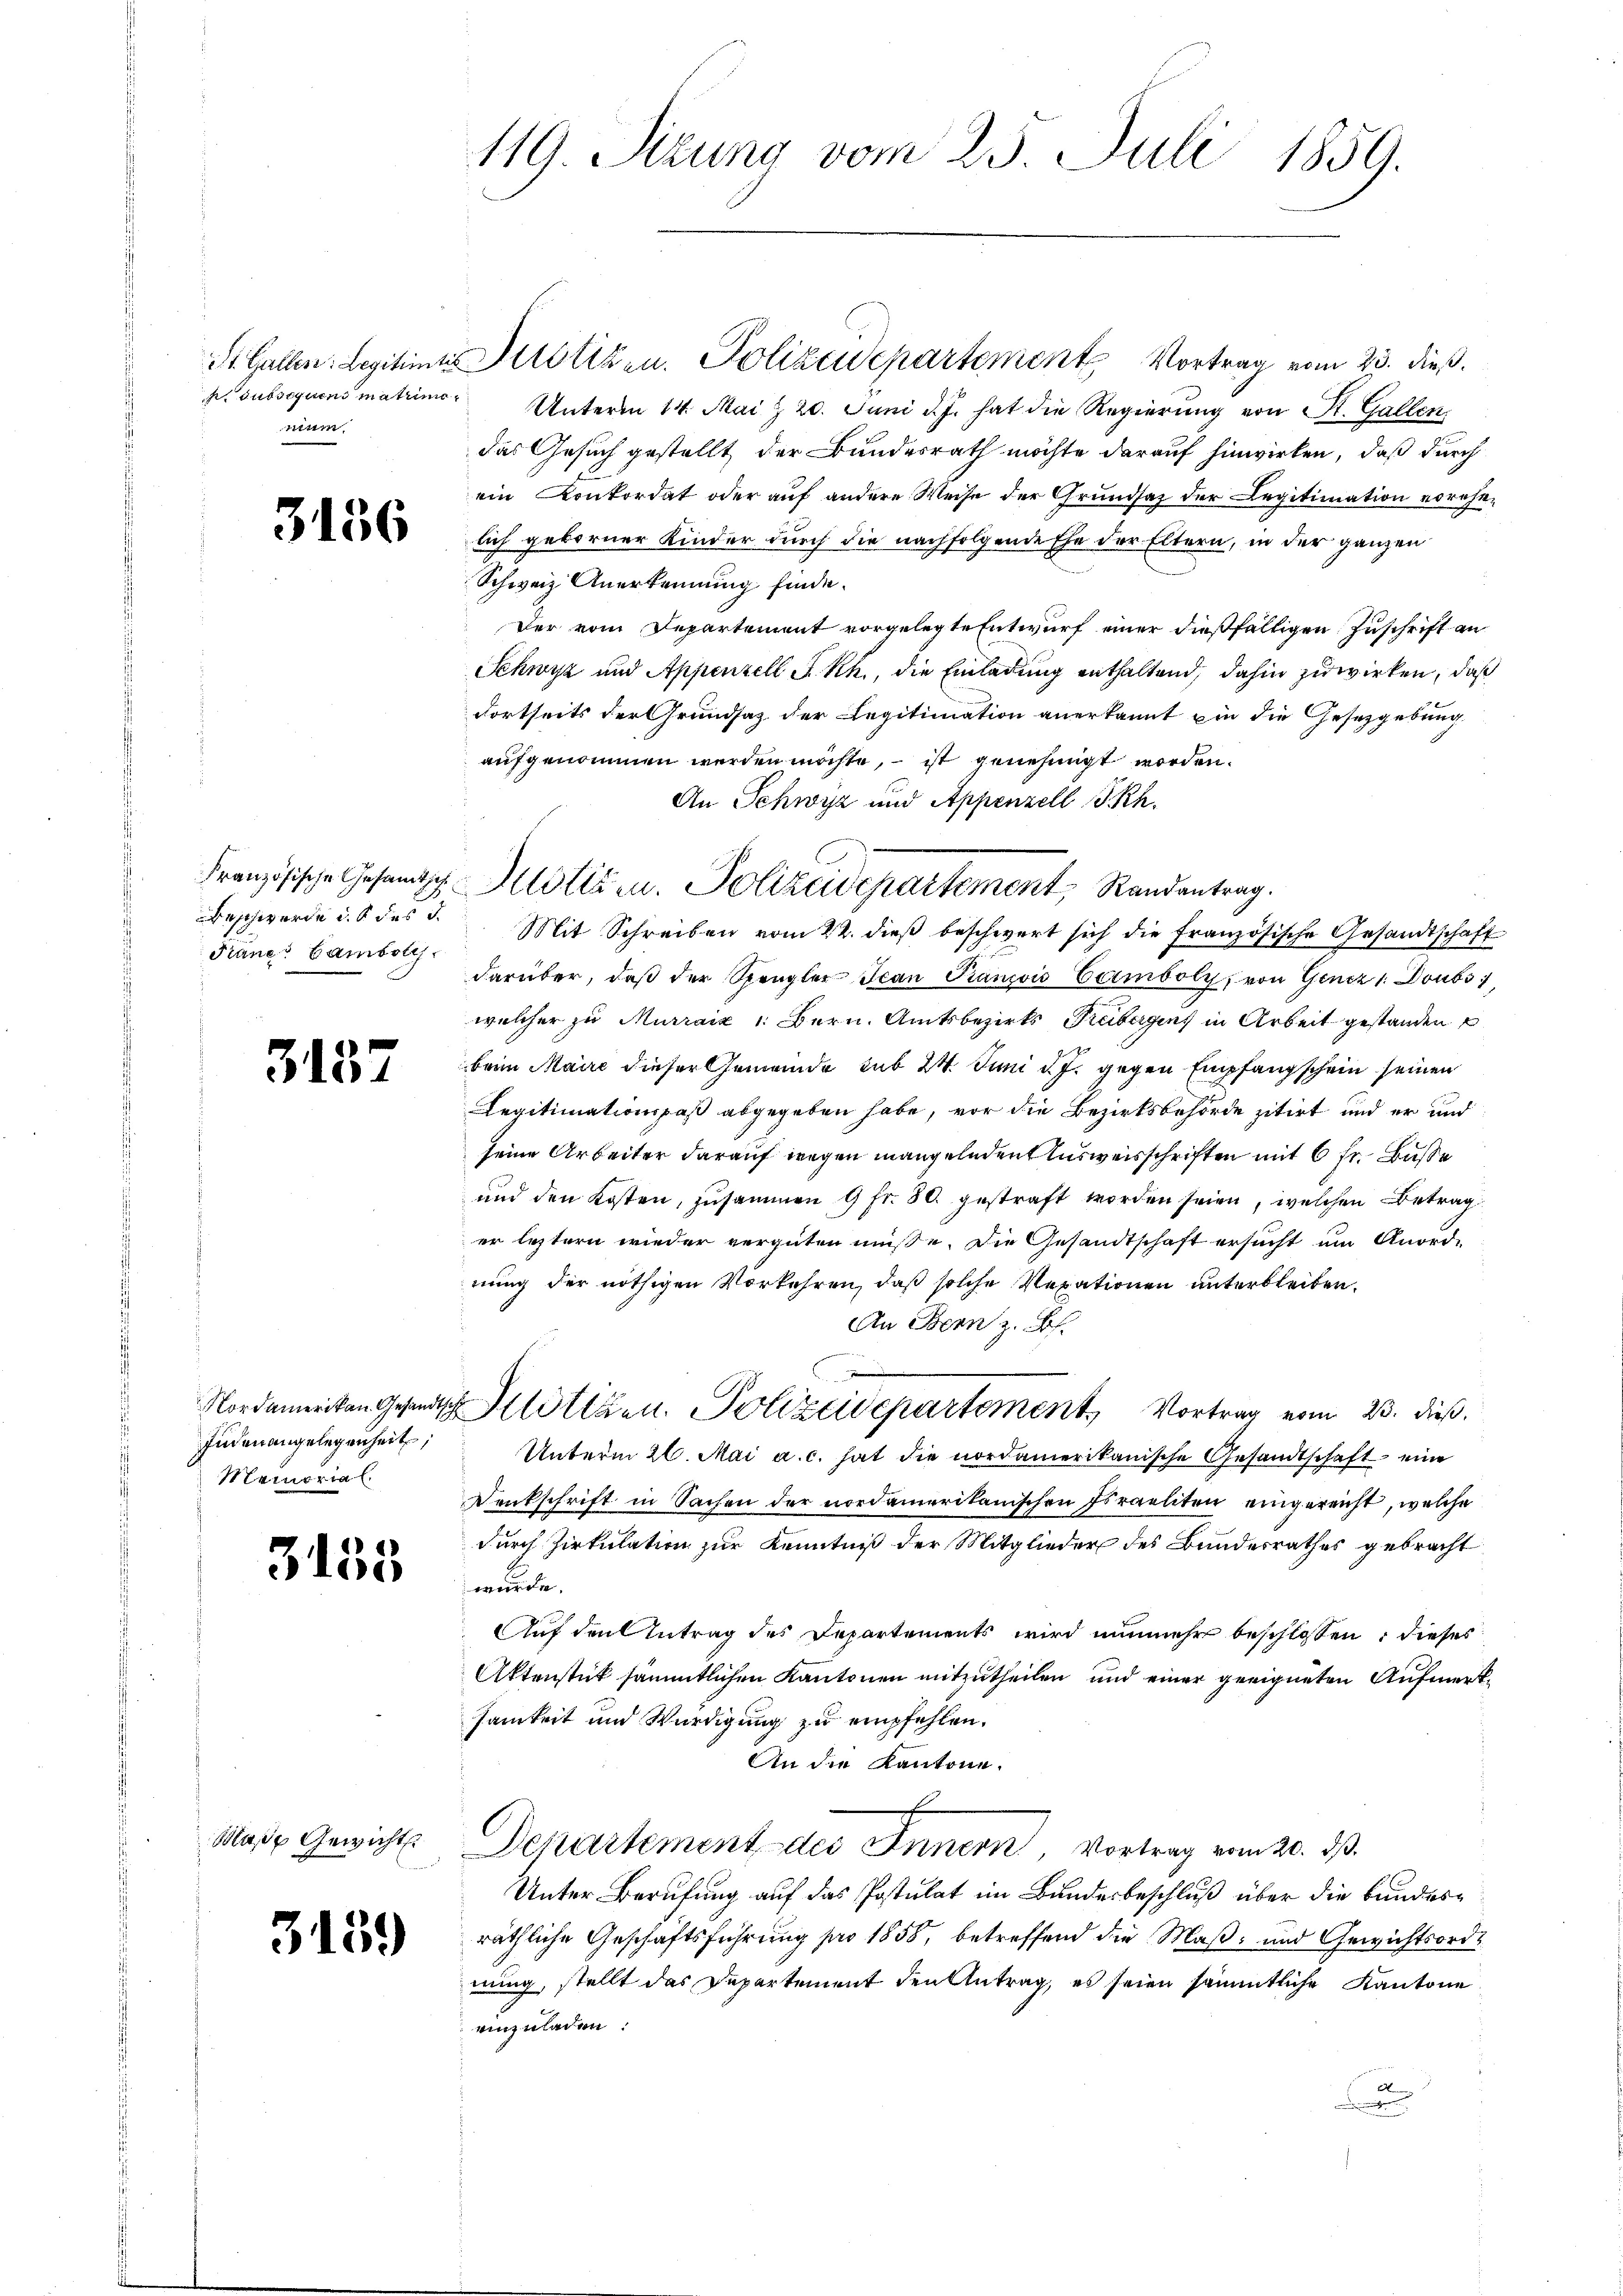
nium

3156

Französische Gesamtsch
Beschwerde u. das d
Träner Camboli

3187

Juden angelegenheit;
Memorial

3158

Maße Gewicht.

3139

119. Sizung vom 23. Juli 1859.

St. Gallen: Legitimis Justizen. Polizeidepartement Vortrag vom 23. dieß.
p. subsequens matrimo. Unterm 14. Mai & 20. Juni d. J. hat die Regierŭng von St. Gallen,
das Gesuch gestellt der Bundesrath möchte darauf hinwirken, daß durch
ein Konkordat oder auf andere Weise der Grundsaz der Legitimation vorehelich geborner Kinder durch die nachfolgende Ehe der Eltern, in der ganzen
Schweiz. Anerkennung finde.
Der vom Departement vorgelegte Entwurf einer dießfälligen Zuschrift an
Schwyz und Appenzell S. Rh., die Einladung enthaltend, dahin zuwirken, daß
dortseits der Grundsaz der Legitimation anerkannt in die Gesetzgebung
aufgenommen werden möchte, – ist genehmigt worden.
Mit Schreiben vom 22. dieß beschwert sich die Französische Gesandtschaft
darüber, daβ der Spengler Jean Franzis Camboly, von Genez 1. Doubs
welcher zu Murraiz : Bern. Amtsbezirks Reibergen, in Arbeit gestanden
beim Maire dieser Gemeinde sub 24. Juni d. J. gegen Empfangschein seinen
Legitimationspaß abgegeben habe, vor die Bezirksbehörde zitirt und er und
seine Arbeiter darauf wegen mangelndent Ausweisschriften mit 6 fr. Buße
und den Kosten, zusammen 9 Fr. 80. gestraft worden seien, welchen Betrag
er leztern wieder vergüten müße. Die Gesandtschaft ersucht um Anord-
nung der nöthigen Vorkehren, daß solche Verationen unterbleiben.
An Denn z. B.
.
Nordamerikan Gesandtsch Hitzen. Polizeidepartement, Vortrag vom 23. dieß.
Unterm 26. Mai a. c. hat die nordamerikanische Gesandtschaft eine
Denkschrift in Sachen der nordamerikanischen Israeliten eingereicht, welche
durch Zirkulation zur Kenntniß der Mitglieder des Bundesrathes gebracht
würde.
Auf den Antrag des Departements wird nunmehr beschlossen, dieses
Aktenstük sämmtlichen Kantonen mitzutheilen und einer geeigneten Aufmerksamkeit und Würdigung zu empfehlen.
An die Kantone.
Departement des Innern Vortrag vom 20. ds.
Unter Berufung auf das Postulat im Bundesbeschluß über die bundesräthliche Geschäftsführung pro 1858, betreffend die Maß- und Gewichtsordnung, stellt das Departement den Antrag, es seien sämmtliche Kantone
einzuladen:
d

An Schwyz und Appenzell I.Rh.
Justizm. Polizisepartement, Randantrag.